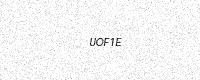
Text: UOF1E